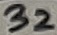
Text: 32